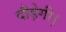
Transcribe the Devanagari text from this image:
दौड़ेगी।